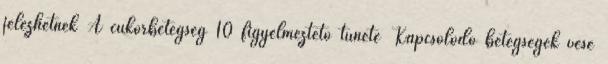
jelezhetnek A cukorbetegség 10 figyelmeztető tünete Kapcsolódó betegségek vese